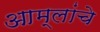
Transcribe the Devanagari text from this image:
आम्लांचे